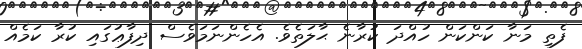
ފެތި މަނާ ކަންކަން ހުއްދަ ކުރާނެ ޙާލަތެވެ. އެހެންނަމަވެސް ދިފާޢުގައި ކުރާ ކަމެއް